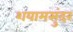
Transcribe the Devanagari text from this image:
शयामसुंदर